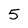
Character: 5